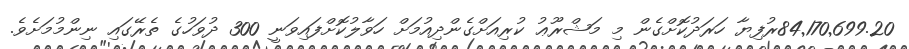
84